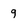
Character: 9